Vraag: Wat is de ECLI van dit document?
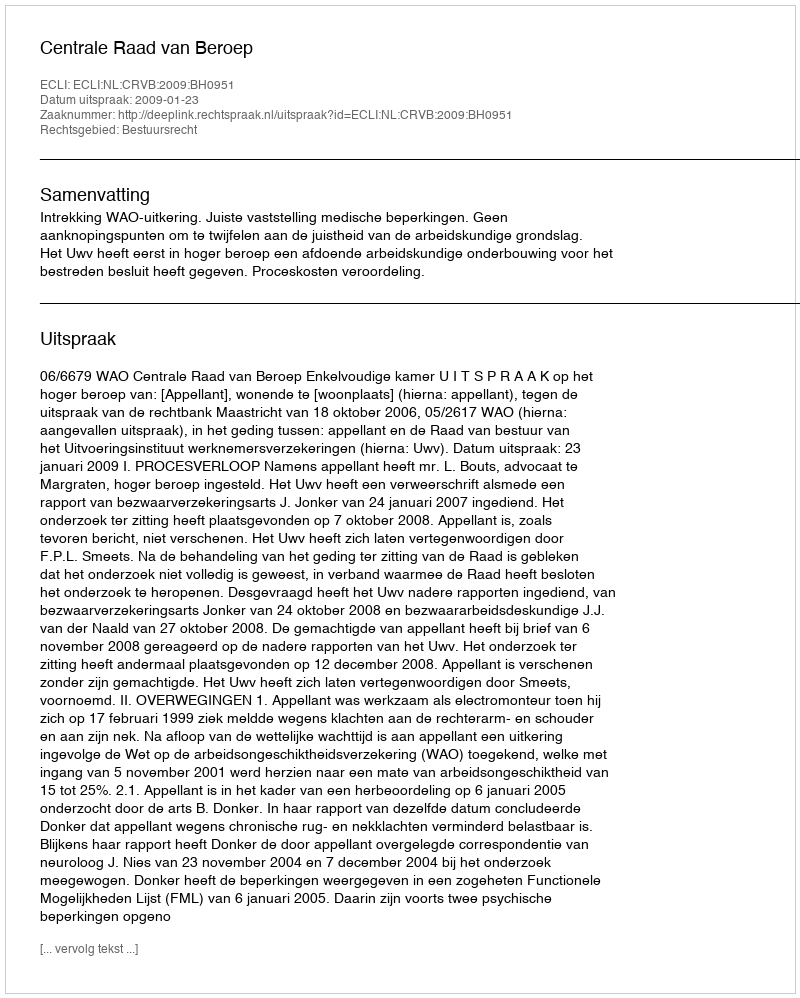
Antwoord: ECLI:NL:CRVB:2009:BH0951